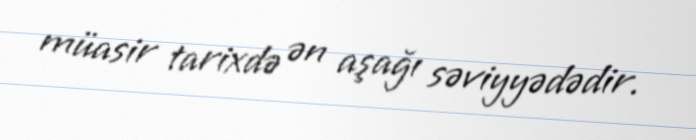
müasir tarixdə ən aşağı səviyyədədir.